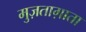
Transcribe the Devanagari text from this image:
मुज़ताग़ाता